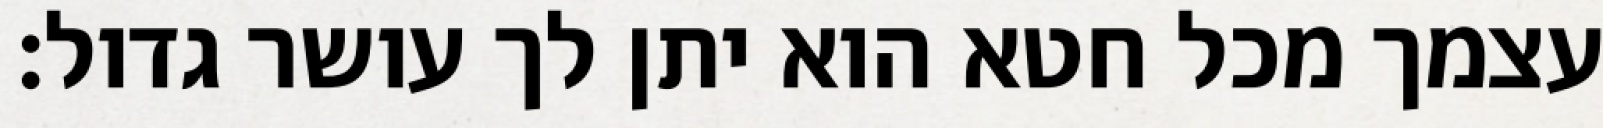
עצמך מכל חטא הוא יתן לך עושר גדול: